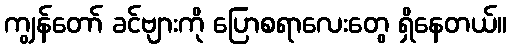
ကျွန်တော် ခင်ဗျားကို ပြောစရာလေးတွေ ရှိနေတယ်။